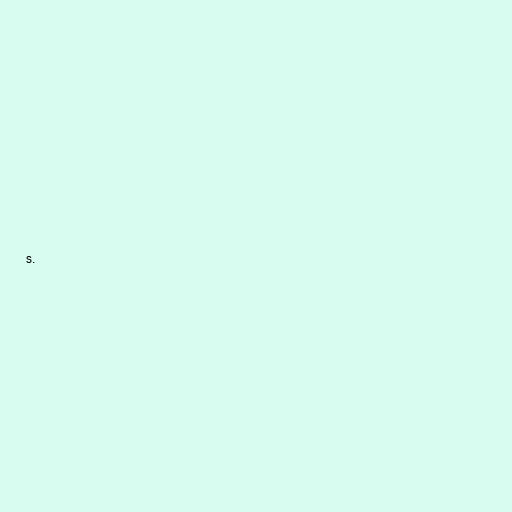
s.